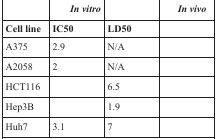
<table><thead><tr><td>[EMPTY_CELL]</td><td><b><i>In vitro</i></b></td><td>[EMPTY_CELL]</td><td><b><i>In vivo</i></b></td></tr><tr><td><b>Cell line</b></td><td><b>IC50</b></td><td><b>LD50</b></td><td>[EMPTY_CELL]</td></tr></thead><tbody><tr><td>A375</td><td>2.9</td><td>N/A</td><td>[EMPTY_CELL]</td></tr><tr><td>A2058</td><td>2</td><td>N/A</td><td>[EMPTY_CELL]</td></tr><tr><td>HCT116</td><td>[EMPTY_CELL]</td><td>6.5</td><td>[EMPTY_CELL]</td></tr><tr><td>Hep3B</td><td>[EMPTY_CELL]</td><td>1.9</td><td>[EMPTY_CELL]</td></tr><tr><td>Huh7</td><td>3.1</td><td>7</td><td>[EMPTY_CELL]</td></tr></tbody></table>